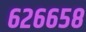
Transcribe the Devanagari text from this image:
६२६६५८